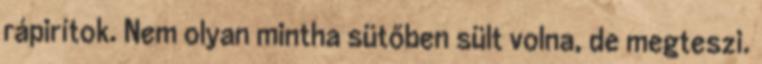
rápirítok. Nem olyan mintha sütőben sült volna, de megteszi.